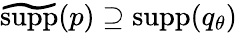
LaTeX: \widetilde{{\mathrm{supp}}}(p)\supseteq{\mathrm{supp}}(q_{\theta})